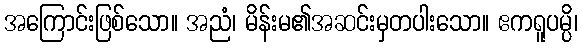
အကြောင်းဖြစ်သော။ အညံ၊ မိန်းမ၏အဆင်းမှတပါးသော။ ဧကရူပမ္ပိ၊